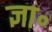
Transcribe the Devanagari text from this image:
ज्ञा॰